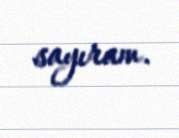
sayıram.